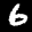
Label: 6